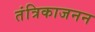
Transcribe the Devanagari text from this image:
तंत्रिकाजनन